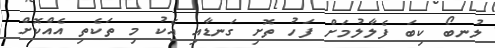
ލުނބޯ ކިބަ ފެލާލުމަށް ފަހު ތޮށި ގަނޑާއި އެކު މި ތަކެތި އެއްކޮށް